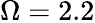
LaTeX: \Omega=2.2